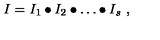
I = I _ { 1 } \bullet I _ { 2 } \bullet \dots \bullet I _ { s } \ ,